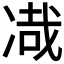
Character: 𰄂